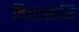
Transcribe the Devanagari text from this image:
विजानामि